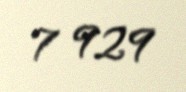
7 929